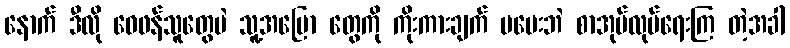
နောက် ဒီလို ဝေဖန်သူတွေပဲ သူ့အပြော တွေကို ကိုးကားချက် မပေးဘဲ စာအုပ်လုပ်ရေးကြ တဲ့အခါ